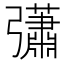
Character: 𢑁